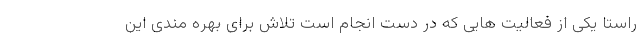
راستا یکی از فعالیت هایی که در دست انجام است تلاش برای بهره مندی این